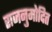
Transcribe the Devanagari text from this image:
राजनुमोदित